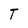
Character: T